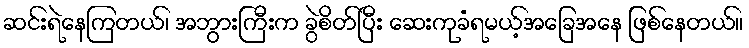
ဆင်းရဲနေကြတယ်၊ အဘွားကြီးက ခွဲစိတ်ပြီး ဆေးကုခံရမယ့်အခြေအနေ ဖြစ်နေတယ်။